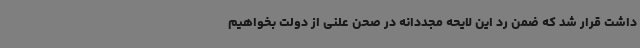
داشت قرار شد که ضمن رد این لایحه مجددانه در صحن علنی از دولت بخواهیم